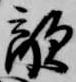
敵